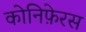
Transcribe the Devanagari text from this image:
कोनिफ़ेरस